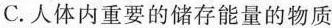
C.人体内重要的储存能量的物质